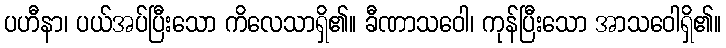
ပဟီနာ၊ ပယ်အပ်ပြီးသော ကိလေသာရှိ၏။ ခီဏာသဝေါ၊ ကုန်ပြီးသော အာသဝေါရှိ၏။